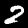
Label: 2